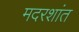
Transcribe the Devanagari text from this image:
मदरशांत